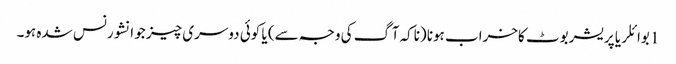
1 بوائلر یا پریشر بوٹ کاخراب ہونا (ناکہ آگ کی وجہ سے) یا کوئی دوسری چیز جو انشورنس شدہ ہو۔